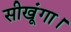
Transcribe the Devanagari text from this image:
सीखूंगा।